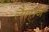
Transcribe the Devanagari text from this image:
लैगरांज